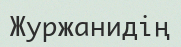
Журжанидің